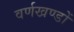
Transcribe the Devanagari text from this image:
वर्णखण्डों